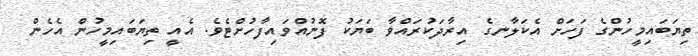
ތިޔަބައިމީހުންގެ ފަހަށް އެކަލާނގެ އިރާދަކުރައްވާ ބަޔަކު ފޮނުއްވައިފާހުށްޓެވެ. އެއީ ތިޔަބައިމީހުން އެހެން